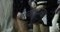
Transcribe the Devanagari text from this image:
सुरावटींसह